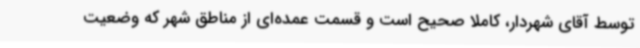
توسط آقای شهردار، کاملا صحیح است و قسمت عمده‌ای از مناطق شهر که وضعیت